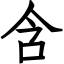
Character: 含